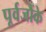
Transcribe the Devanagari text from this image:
पूर्वजौंके